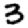
Digit: 3